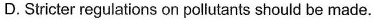
D. Stricter regulations on pollutants should be made.